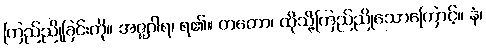
ကြည်ညိုခြင်းကို။ အဇ္ဈဂါရ၊ ရ၏။ တတော၊ ထိုသို့ကြည်ညိုသောကြောင့်။ နံ၊